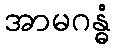
အာမဂန္ဓံ